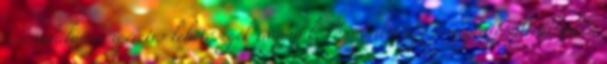
és csodálatos, ígéretes lehetőségek vagyunk, könnyedén igazi megvalósult álmokká